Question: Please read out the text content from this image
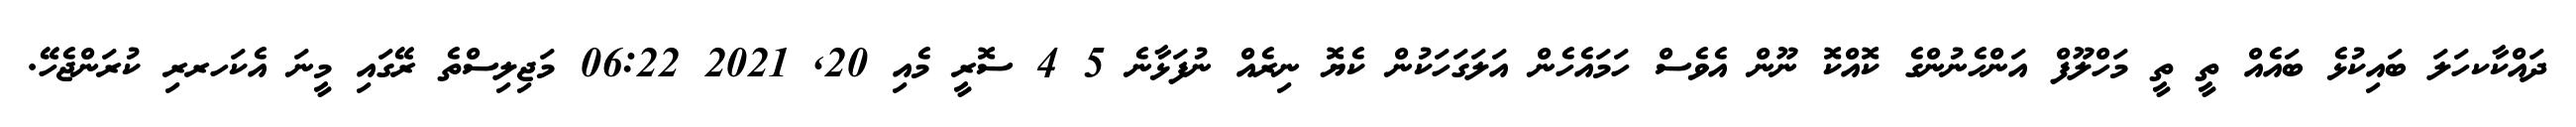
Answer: ދައްކާކހަލަ ބައިކުޅެ ބައެއް ތީ ތީ މަހްލޫފް އަންހެނުންގެ ކޮއްކޮ ނޫން އެވެސް ހަމައެހެން އަލަގަހަކުން ކެޔޮ ނިރެއް ނުފަޅާނެ 5 4 ސޮރީ މެއި 20, 2021 06:22 މަޖިލިސްތެ ރޭގައި މީނަ އެކަހރރި ކުރަންޖެހޭ.